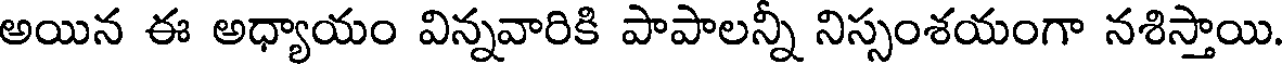
అయిన ఈ అధ్యాయం విన్నవారికి పాపాలన్ని నిస్సంశయంగా నశిస్తాయి.